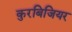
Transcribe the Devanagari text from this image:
कुरबिजियर